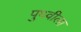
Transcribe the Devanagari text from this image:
पुथ्वीला